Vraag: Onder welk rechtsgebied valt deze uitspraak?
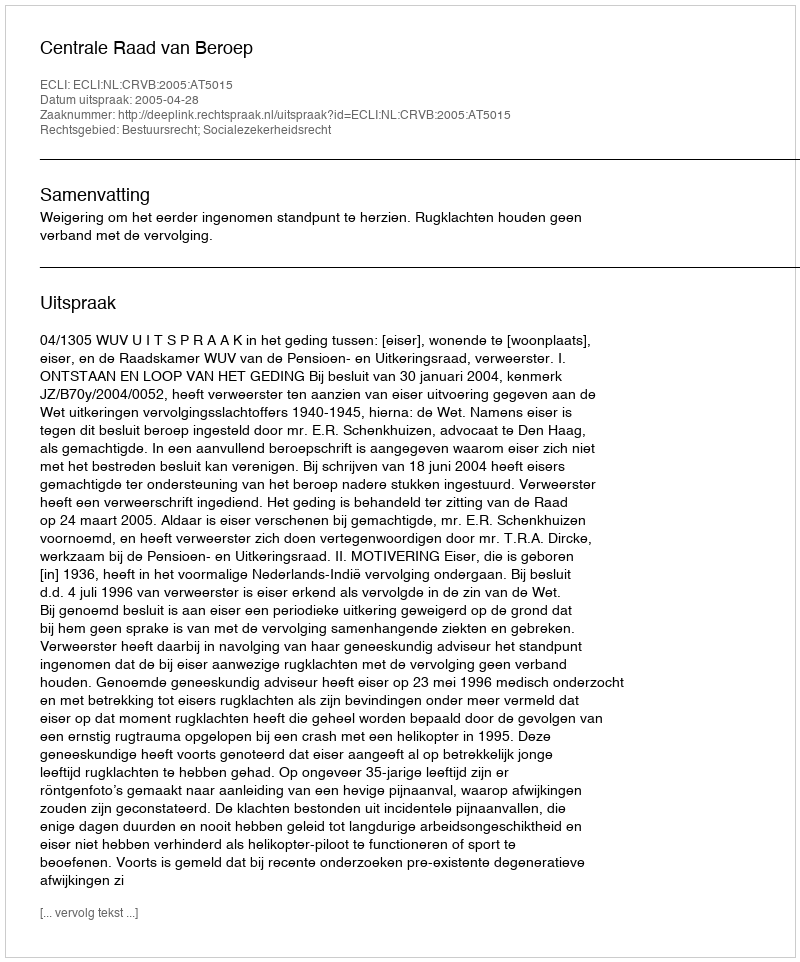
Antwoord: Bestuursrecht; Socialezekerheidsrecht